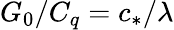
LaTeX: G_{0}/C_{q}=c_{*}/\lambda